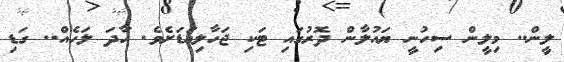
ލީން.. މިލީން ސިހުނީ ޔައުލާން ދޮރުގައި ޓަކި ޖަހާލިއަޑަށެވެ. ހާދަ ލަހެއް.. ގަޑި